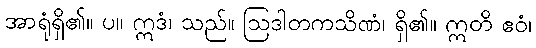
အာရုံရှိ၏။ ပ။ ဣဒံ၊ သည်။ ဩဒါတကသိဏံ၊ ရှိ၏။ ဣတိ ဧဝံ၊